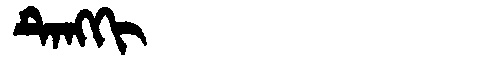
Manchu: ᡨᡝᠩᡴᡳ
Romanization: TENGKI